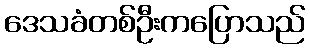
ဒေသခံတစ်ဦးကပြောသည်